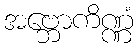
အဗ္ဘောကိဏ္ဏံ